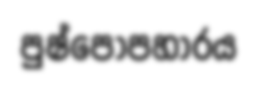
පුෂ්පොපහාරය